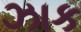
ઝાક